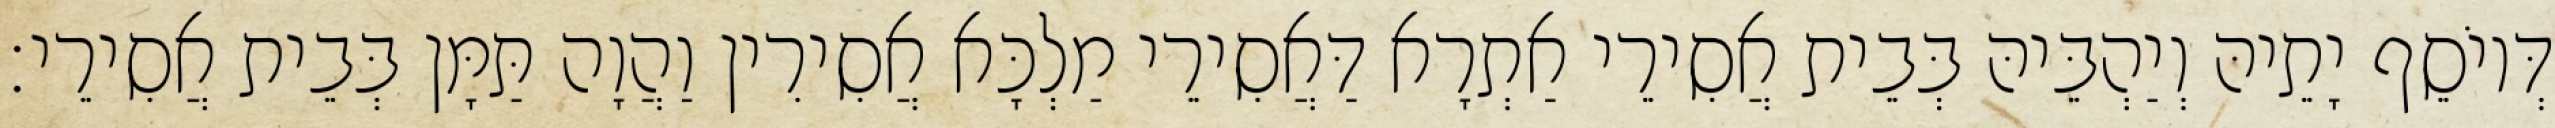
דְּיוֹסֵף יָתֵיהּ וְיַהְבֵּיהּ בְּבֵית אֲסִירֵי אַתְרָא דַּאֲסִירֵי מַלְכָּא אֲסִירִין וַהֲוָה תַּמָּן בְּבֵית אֲסִירֵי׃